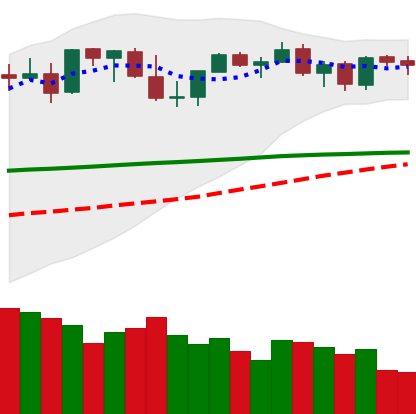
Ticker: ETH-USD
Chart end date: 2021-08-29
Forward return: 22.114%
Label: up_7plus